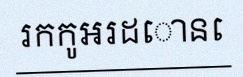
រកកូអរដោនេ